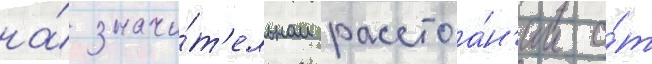
на́ значи́т'ельном расстоа́н'ии о́т